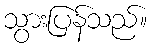
သွားပြန်သည်။